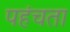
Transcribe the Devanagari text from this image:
पहंचता